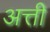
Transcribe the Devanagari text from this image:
अत्ती